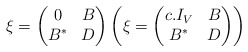
\begin{align*} \xi = \left( \begin{matrix} 0 & B \\ B^* & D \end{matrix} \right) \left( \xi = \left( \begin{matrix} c.I_{V} & B \\ B^* & D \end{matrix} \right) \right)\end{align*}